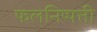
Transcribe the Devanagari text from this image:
फलनिष्पत्ती